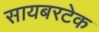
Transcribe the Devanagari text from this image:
सायबरटेक